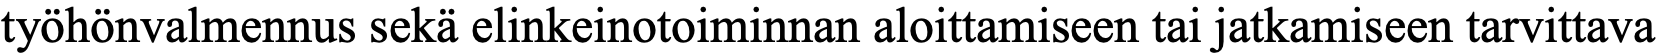
työhönvalmennus sekä elinkeinotoiminnan aloittamiseen tai jatkamiseen tarvittava